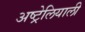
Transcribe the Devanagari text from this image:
अष्ट्रेलियाली